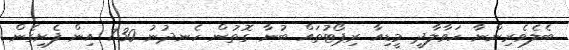
ބެލެވެރިންނާ ހަވާލާދީ މީޑިއާ ރިޕޯޓުތައް ބުނާ ގޮތުން ހެނދުނު 7.30 އިން ފެށިގެން